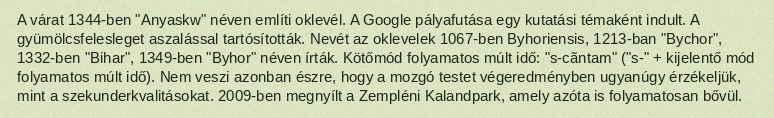
A várat 1344-ben "Anyaskw" néven említi oklevél. A Google pályafutása egy kutatási témaként indult. A gyümölcsfelesleget aszalással tartósították. Nevét az oklevelek 1067-ben Byhoriensis, 1213-ban "Bychor", 1332-ben "Bihar", 1349-ben "Byhor" néven írták. Kötőmód folyamatos múlt idő: "s-cãntam" ("s-" + kijelentő mód folyamatos múlt idő). Nem veszi azonban észre, hogy a mozgó testet végeredményben ugyanúgy érzékeljük, mint a szekunderkvalitásokat. 2009-ben megnyílt a Zempléni Kalandpark, amely azóta is folyamatosan bővül.